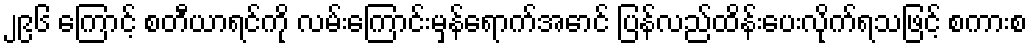
၂၉၆ ကြောင့် စတီယာရင်ကို လမ်းကြောင်းမှန်ရောက်အောင် ပြန်လည်ထိန်းပေးလိုက်ရသဖြင့် စကားစ